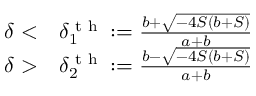
\begin{array} { r l } { \delta < } & { { } \delta _ { 1 } ^ { \textrm { t h } } : = \frac { b + \sqrt { - 4 S ( b + S ) } } { a + b } } \\ { \delta > } & { { } \delta _ { 2 } ^ { \textrm { t h } } : = \frac { b - \sqrt { - 4 S ( b + S ) } } { a + b } } \end{array}